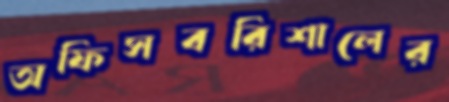
অফিসবরিশালের